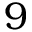
9